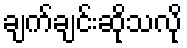
ချက်ချင်းဆိုသလို